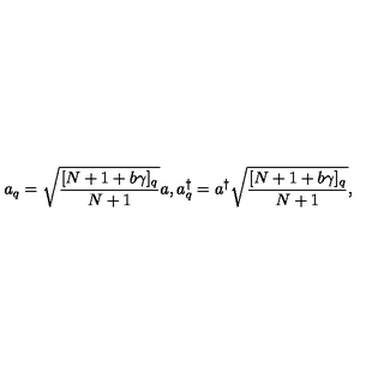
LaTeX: a _ { q } = \sqrt { \frac { [ N + 1 + b \gamma ] _ { q } } { N + 1 } } a , a _ { q } ^ { \dagger } = a ^ { \dagger } \sqrt { \frac { [ N + 1 + b \gamma ] _ { q } } { N + 1 } } ,